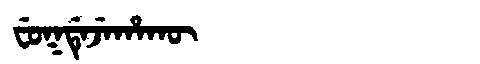
Manchu: ᠸᡠᡴᡩᡝᠵᡝᡥᠠᡴᡡ
Romanization: FUKDEJEHAKŪ